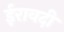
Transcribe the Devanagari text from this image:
ईरावदी